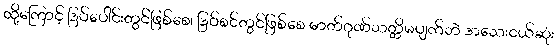
ထို့ကြောင့် ဒြပ်ပေါင်းတွင်ဖြစ်စေ၊ ဒြပ်စင်တွင်ဖြစ်စေ ဓာတ်ဂုဏ်သတ္တိမပျက်ဘဲ အသေးငယ်ဆုံး